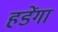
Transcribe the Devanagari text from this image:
हडेंगा